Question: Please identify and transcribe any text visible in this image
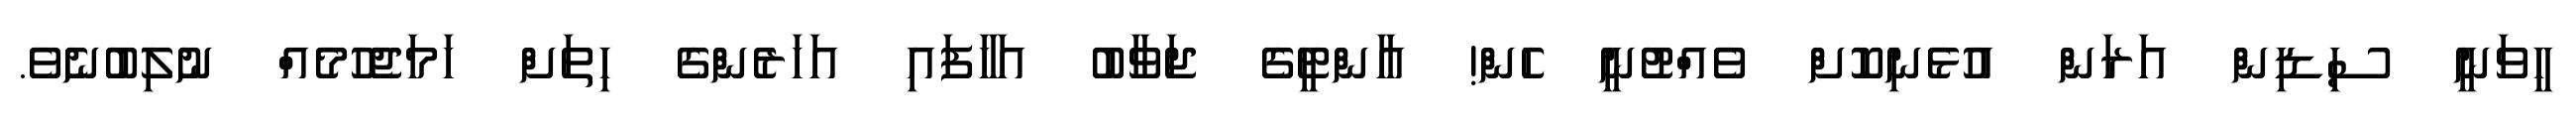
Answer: ހީވަނީ ސިޑިން އަރަން އުޅެނިކޮށް ވެއްޓުނީ ހެން! އާންޓީގެ ޖަވާބު އަހާފައި އަހަރެންގެ ހިތަށް ހަމަޖެހުމެއް ނުލިބުނެވެ.